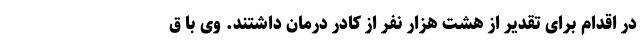
در اقدام برای تقدیر از هشت هزار نفر از کادر درمان داشتند. وی با ق